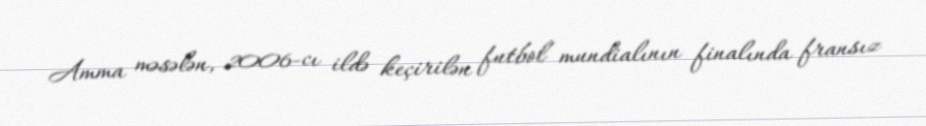
Amma məsələn, 2006-cı ildə keçirilən futbol mundialının finalında fransız